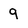
Character: 9